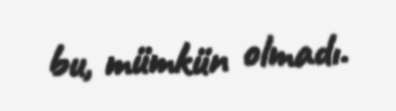
bu, mümkün olmadı.